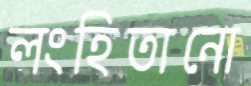
লংহিতানো